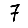
Digit: 7